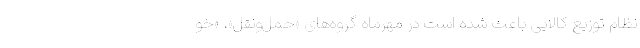
نظام توزیع کالایی باعث شده است در مهرماه گروه‌های «حمل‌ونقل»، «خو